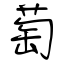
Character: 萄